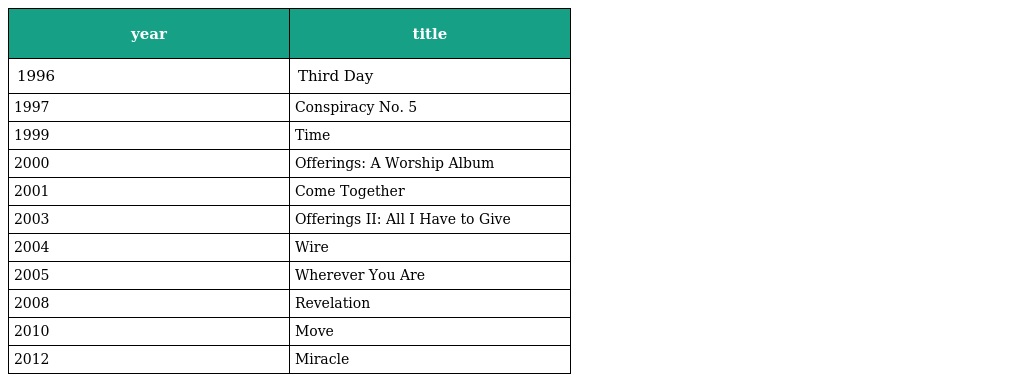
| year | title |
 | --- | --- |
 | 1996 | Third Day |
 | 1997 | Conspiracy No. 5 |
 | 1999 | Time |
 | 2000 | Offerings: A Worship Album |
 | 2001 | Come Together |
 | 2003 | Offerings II: All I Have to Give |
 | 2004 | Wire |
 | 2005 | Wherever You Are |
 | 2008 | Revelation |
 | 2010 | Move |
 | 2012 | Miracle |